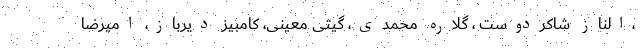
،الناز شاکردوست ، گلاره محمدی، گیتی معینی، کامبیز دیرباز، امیرضا